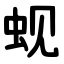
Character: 蚬